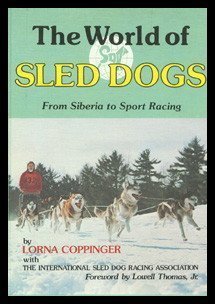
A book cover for The World of Sled Dogs: From Siberia to Sport Racing; Lorna Coppinger; Sports & Outdoors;